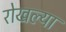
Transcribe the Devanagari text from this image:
रोखल्या